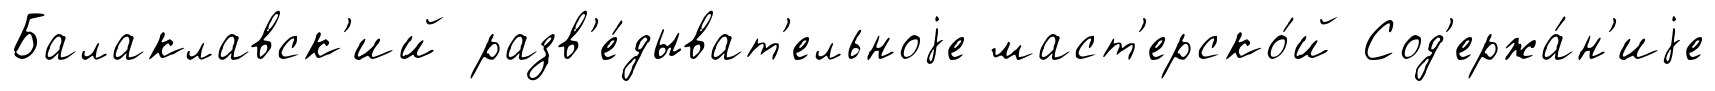
Балаклавск'ий разв'е́дыват'ельноjе маст'ерско́й Сод'ержа́н'иjе